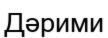
Дәрими